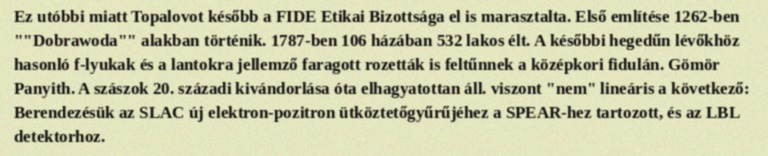
Ez utóbbi miatt Topalovot később a FIDE Etikai Bizottsága el is marasztalta. Első említése 1262-ben ""Dobrawoda"" alakban történik. 1787-ben 106 házában 532 lakos élt. A későbbi hegedűn lévőkhöz hasonló f-lyukak és a lantokra jellemző faragott rozetták is feltűnnek a középkori fidulán. Gömör Panyith. A szászok 20. századi kivándorlása óta elhagyatottan áll. viszont "nem" lineáris a következő: Berendezésük az SLAC új elektron-pozitron ütköztetőgyűrűjéhez a SPEAR-hez tartozott, és az LBL detektorhoz.